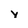
Character: y